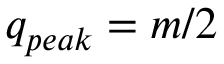
q _ { p e a k } = m / 2